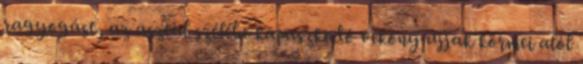
ragyogást, az asztal szélébe kapaszkodó vékony ujjak körmei alól